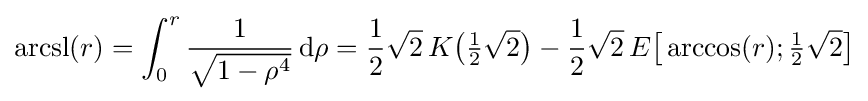
\operatorname {arcsl} (r)=\int _{0}^{r}{\frac {1}{\sqrt {1-\rho ^{4}}}}\,\mathrm {d} \rho ={\frac {1}{2}}{\sqrt {2}}\,K{\bigl (}{\tfrac {1}{2}}{\sqrt {2}}{\bigr )}-{\frac {1}{2}}{\sqrt {2}}\,E{\bigl [}\arccos(r);{\tfrac {1}{2}}{\sqrt {2}}{\bigr ]}